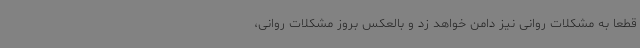
قطعا به مشکلات روانی نیز دامن خواهد زد و بالعکس بروز مشکلات روانی،